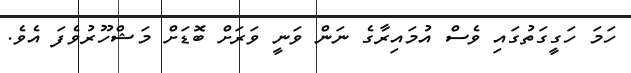
ހަމަ ހަގީގަތުގައި ވެސް އުމައިރާގެ ނަން ވަނީ ވަރަށް ބޮޑަށް މަޝްހޫރުވެފަ އެވެ.